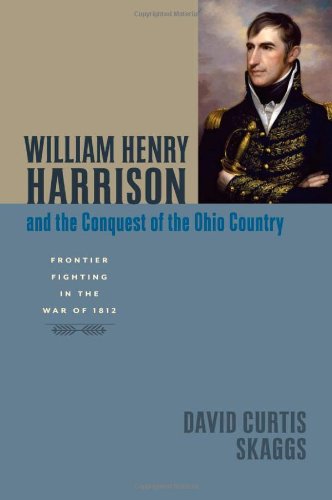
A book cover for William Henry Harrison and the Conquest of the Ohio Country: Frontier Fighting in the War of 1812 (Johns Hopkins Books on the War of 1812); David Curtis Skaggs; History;